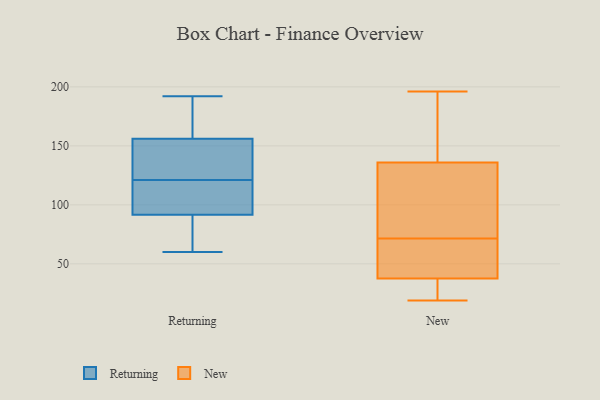
{"axis": {"x": "Customer Acquisition Cost (USD)", "y": "Value"}, "legend": ["New", "Returning"], "data": [{"x": "", "y": 192, "type": "Returning"}, {"x": "", "y": 134, "type": "Returning"}, {"x": "", "y": 121, "type": "Returning"}, {"x": "", "y": 155, "type": "Returning"}, {"x": "", "y": 92, "type": "Returning"}, {"x": "", "y": 90, "type": "Returning"}, {"x": "", "y": 99, "type": "Returning"}, {"x": "", "y": 60, "type": "Returning"}, {"x": "", "y": 66, "type": "Returning"}, {"x": "", "y": 116, "type": "Returning"}, {"x": "", "y": 162, "type": "Returning"}, {"x": "", "y": 159, "type": "Returning"}, {"x": "", "y": 132, "type": "Returning"}, {"x": "", "y": 87, "type": "New"}, {"x": "", "y": 192, "type": "New"}, {"x": "", "y": 19, "type": "New"}, {"x": "", "y": 71, "type": "New"}, {"x": "", "y": 72, "type": "New"}, {"x": "", "y": 24, "type": "New"}, {"x": "", "y": 130, "type": "New"}, {"x": "", "y": 28, "type": "New"}, {"x": "", "y": 30, "type": "New"}, {"x": "", "y": 191, "type": "New"}, {"x": "", "y": 142, "type": "New"}, {"x": "", "y": 45, "type": "New"}, {"x": "", "y": 59, "type": "New"}, {"x": "", "y": 196, "type": "New"}, {"x": "", "y": 167, "type": "New"}, {"x": "", "y": 90, "type": "New"}, {"x": "", "y": 22, "type": "New"}, {"x": "", "y": 116, "type": "New"}, {"x": "", "y": 58, "type": "New"}, {"x": "", "y": 61, "type": "New"}]}